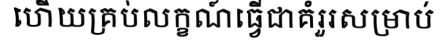
ហើយគ្រប់លក្ខណ៍ធ្វើជាគំរួរសម្រាប់